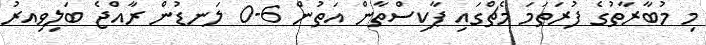
މި މުބާރާތުގެ ފުރަތަމަ މެޗްގައި ޕާކިސްތާން އަތުން 6-0 ލަނޑުން ރާއްޖެ ބަލިވިއރު